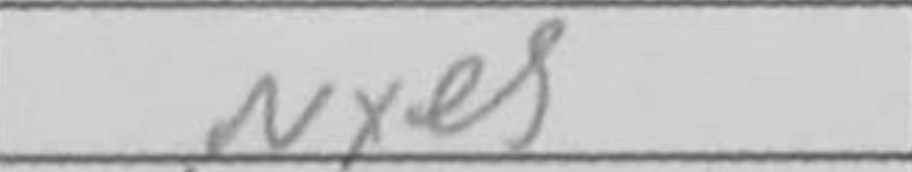
Transcription: Nxe5